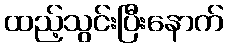
ထည့်သွင်းပြီးနောက်